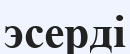
эсерді